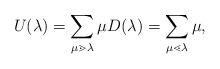
LaTeX: \begin{align*} U(\lambda) = \sum_{\mu \gtrdot \lambda} \mu D(\lambda) = \sum_{\mu \lessdot \lambda} \mu,\end{align*}